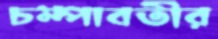
চম্পাবতীর